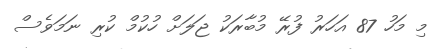
މި މަހު 87 އަހަރު ފުރޭ މުބާރަކު ޖަލަށް ހުކުމް ކުރި ނަމަވެސް